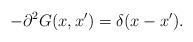
LaTeX: \begin{align*}-\partial^2 G(x,x')=\delta(x-x').\end{align*}